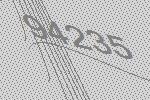
94235